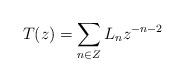
LaTeX: \begin{align*}T(z)=\sum_{n \in Z} L_n z^{-n-2}\end{align*}